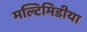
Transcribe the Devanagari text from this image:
मल्टिमिडीया